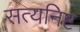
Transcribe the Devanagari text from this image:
सत्यनिष्ट